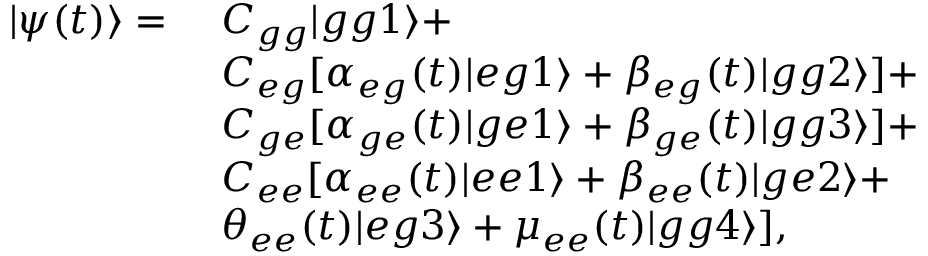
\begin{array} { r l } { | \psi ( t ) \rangle = } & { ~ C _ { g g } | g g 1 \rangle + } \\ & { ~ C _ { e g } [ \alpha _ { e g } ( t ) | e g 1 \rangle + \beta _ { e g } ( t ) | g g 2 \rangle ] + } \\ & { ~ C _ { g e } [ \alpha _ { g e } ( t ) | g e 1 \rangle + \beta _ { g e } ( t ) | g g 3 \rangle ] + } \\ & { ~ C _ { e e } [ \alpha _ { e e } ( t ) | e e 1 \rangle + \beta _ { e e } ( t ) | g e 2 \rangle + } \\ & { ~ \theta _ { e e } ( t ) | e g 3 \rangle + \mu _ { e e } ( t ) | g g 4 \rangle ] , } \end{array}